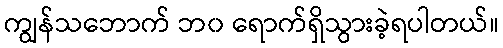
ကျွန်သဘောက် ဘ၀ ရောက်ရှိသွားခဲ့ရပါတယ်။